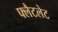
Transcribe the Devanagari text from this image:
फ्लैटलेट